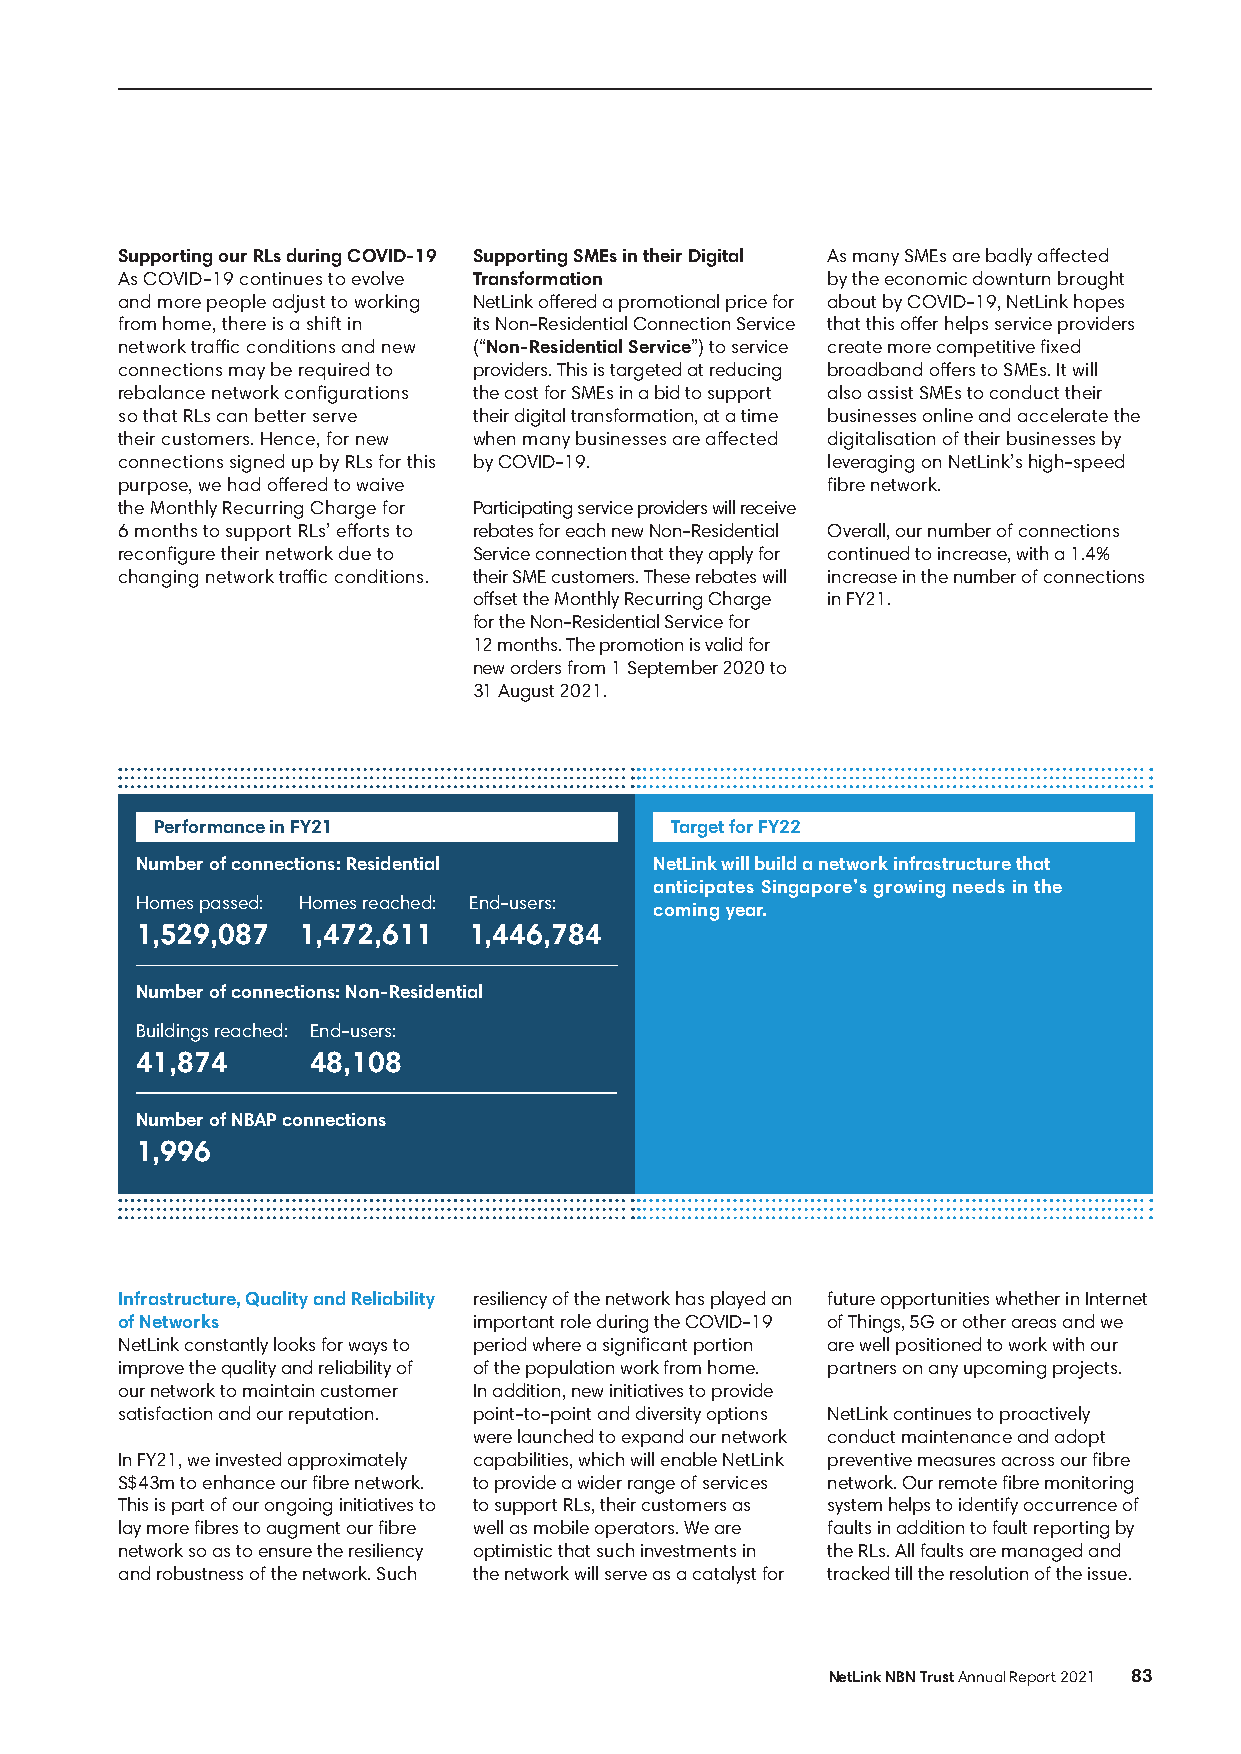
Supporting our RLs during COVID-19 Supporting SMEs in their Digital As many SMEs are badly affected
 As COVID-19 continues to evolve Transformation by the economic downturn brought
 and more people adjust to working NetLink offered a promotional price for about by COVID-19, NetLink hopes
 from home, there is a shift in its Non-Residential Connection Service that this offer helps service providers
 network traffic conditions and new (“Non-Residential Service”) to service create more competitive fixed
 connections may be required to providers. This is targeted at reducing broadband offers to SMEs. It will
 rebalance network configurations the cost for SMEs in a bid to support also assist SMEs to conduct their
 so that RLs can better serve their digital transformation, at a time businesses online and accelerate the
 their customers. Hence, for new when many businesses are affected digitalisation of their businesses by
 connections signed up by RLs for this by COVID-19. leveraging on NetLink’s high-speed
 purpose, we had offered to waive               fibre network.
 the Monthly Recurring Charge for Participating service providers will receive
 6 months to support RLs’ efforts to rebates for each new Non-Residential Overall, our number of connections
 reconfigure their network due to Service connection that they apply for continued to increase, with a 1.4%
 changing network traffic conditions. their SME customers. These rebates will increase in the number of connections
 offset the Monthly Recurring Charge in FY21.
 for the Non-Residential Service for
 12 months. The promotion is valid for
 new orders from 1 September 2020 to
 31 August 2021.
 Performance in FY21               Target for FY22
 Number of connections: Residential NetLink will build a network infrastructure that
 anticipates Singapore’s growing needs in the
 Homes passed: Homes reached: End-users:
 coming year.
 1,529,087  1,472,611  1,446,784
 Number of connections: Non-Residential
 Buildings reached: End-users:
 41,874     48,108
 Number of NBAP connections
 1,996
 Infrastructure, Quality and Reliability resiliency of the network has played an future opportunities whether in Internet
 of Networks            important role during the COVID-19 of Things, 5G or other areas and we
 NetLink constantly looks for ways to period where a significant portion are well positioned to work with our
 improve the quality and reliability of of the population work from home. partners on any upcoming projects.
 our network to maintain customer In addition, new initiatives to provide
 satisfaction and our reputation. point-to-point and diversity options NetLink continues to proactively
 were launched to expand our network conduct maintenance and adopt
 In FY21, we invested approximately capabilities, which will enable NetLink preventive measures across our fibre
 S$43m to enhance our fibre network. to provide a wider range of services network. Our remote fibre monitoring
 This is part of our ongoing initiatives to to support RLs, their customers as system helps to identify occurrence of
 lay more fibres to augment our fibre well as mobile operators. We are faults in addition to fault reporting by
 network so as to ensure the resiliency optimistic that such investments in the RLs. All faults are managed and
 and robustness of the network. Such the network will serve as a catalyst for tracked till the resolution of the issue.
 NetLink NBN Trust Annual Report 2021 83